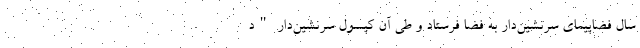
سال فضاپیمای سرنشین‌دار به فضا فرستاد و طی آن کپسول سرنشین‌دار "د